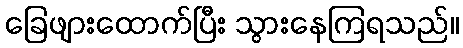
ခြေဖျားထောက်ပြီး သွားနေကြရသည်။